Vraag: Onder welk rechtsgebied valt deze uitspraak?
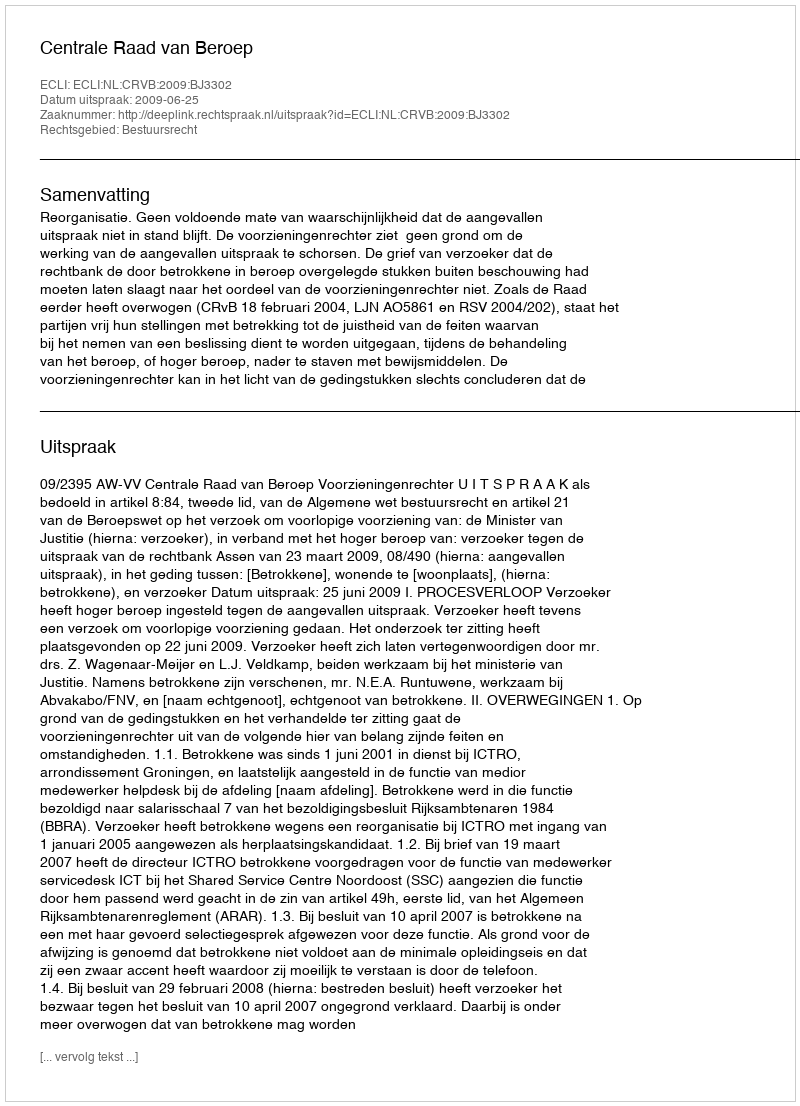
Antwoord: Bestuursrecht